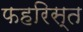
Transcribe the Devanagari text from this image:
फहरिस्त